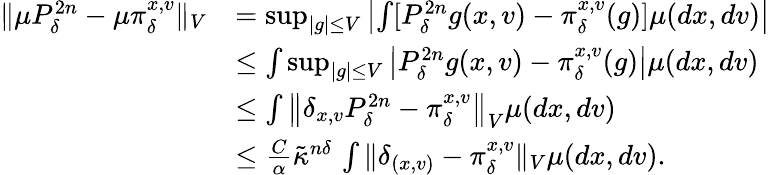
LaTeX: \begin{array}{rl}{\| \mu P_{\delta}^{2n}-\mu\pi_{\delta}^{x,v}\| _{V}}&{=\operatorname*{sup}_{\lvert g\rvert\leq V}\left\lvert\int[P_{\delta}^{2n}g(x,v)-\pi_{\delta}^{x,v}(g)]\mu(dx,dv)\right\rvert}\\ &{\leq\int\operatorname*{sup}_{\lvert g\rvert\leq V}\left\lvert P_{\delta}^{2n}g(x,v)-\pi_{\delta}^{x,v}(g)\right\rvert\mu(dx,dv)}\\ &{\leq\int\left\lVert\delta_{x,v}P_{\delta}^{2n}-\pi_{\delta}^{x,v}\right\rVert_{V}\mu(dx,dv)}\\ &{\leq\frac{C}{\alpha}\tilde{\kappa}^{n\delta}\, \int\| \delta_{(x,v)}-\pi_{\delta}^{x,v}\| _{V}\mu(dx,dv).}\end{array}